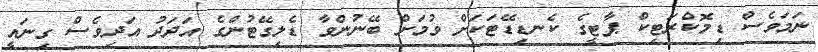
ނަމަވެސް ޑިމޮކްރަޓިކް ޕާޓީގެ ކެނޑިޑޭޓަކަށް ވުމަށް ބޭނުންވާ ޑެލިގޭޓުންގެ އަދަދު އަދިވެސް ގިނައީ